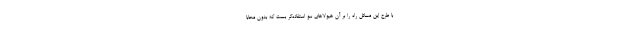
با طرح این مسائل راه را بر آن هیولاهای سو استفاده‌گر بست که بدون محابا